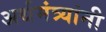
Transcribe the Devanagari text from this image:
अर्थमंत्र्यांनी